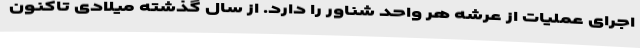
اجرای عملیات از عرشه هر واحد شناور را دارد. از سال گذشته میلادی تاکنون